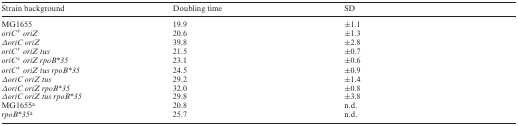
<table><thead><tr><td><b>Strain background</b></td><td><b>Doubling time</b></td><td><b>SD</b></td></tr></thead><tbody><tr><td>MG1655</td><td>19.9</td><td>±1.1</td></tr><tr><td><i>oriC<sup>+</sup> oriZ</i></td><td>20.6</td><td>±1.3</td></tr><tr><td><i>ΔoriC oriZ</i></td><td>39.8</td><td>±2.8</td></tr><tr><td><i>oriC<sup>+</sup> oriZ tus</i></td><td>21.5</td><td>±0.7</td></tr><tr><td><i>oriC<sup>+</sup> oriZ rpoB*35</i></td><td>23.1</td><td>±0.6</td></tr><tr><td><i>oriC<sup>+</sup> oriZ tus rpoB*35</i></td><td>24.5</td><td>±0.9</td></tr><tr><td><i>ΔoriC oriZ tus</i></td><td>29.2</td><td>±1.4</td></tr><tr><td><i>ΔoriC oriZ rpoB*35</i></td><td>32.0</td><td>±0.8</td></tr><tr><td><i>ΔoriC oriZ tus rpoB*35</i></td><td>29.8</td><td>±3.8</td></tr><tr><td>MG1655<sup>a</sup></td><td>20.8</td><td>n.d.</td></tr><tr><td><i>rpoB*35</i><sup>a</sup></td><td>25.7</td><td>n.d.</td></tr></tbody></table>